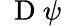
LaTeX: \mathrm{~\mathbf~D~}\psi